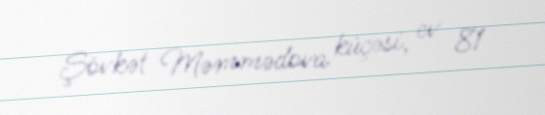
Şövkət Məmmədova küçəsi, ev 81